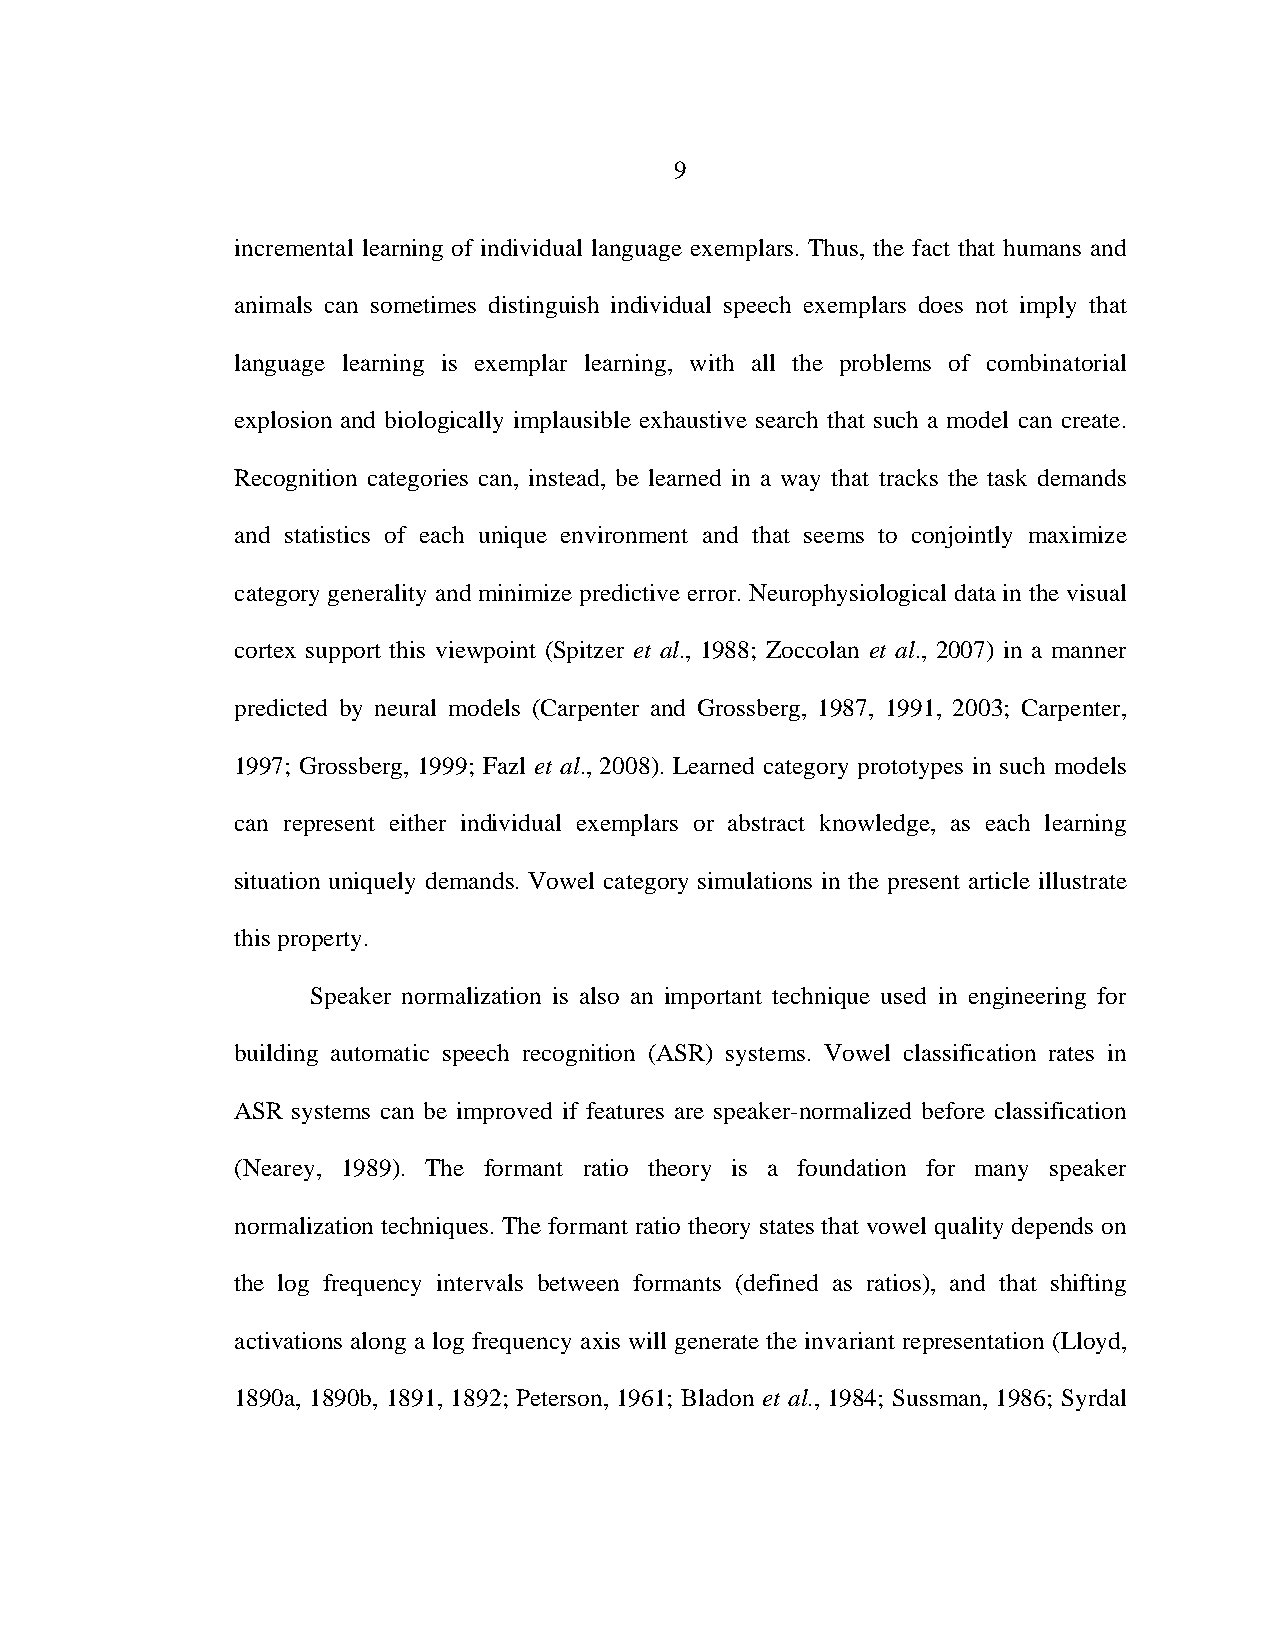
9
 incremental learning of individual language exemplars. Thus, the fact that humans and
 animals can sometimes distinguish individual speech exemplars does not imply that
 language learning is exemplar learning, with all the problems of combinatorial
 explosion and biologically implausible exhaustive search that such a model can create.
 Recognition categories can, instead, be learned in a way that tracks the task demands
 and statistics of each unique environment and that seems to conjointly maximize
 category generality and minimize predictive error. Neurophysiological data in the visual
 cortex support this viewpoint (Spitzer et al., 1988; Zoccolan et al., 2007) in a manner
 predicted by neural models (Carpenter and Grossberg, 1987, 1991, 2003; Carpenter,
 1997; Grossberg, 1999; Fazl et al., 2008). Learned category prototypes in such models
 can represent either individual exemplars or abstract knowledge, as each learning
 situation uniquely demands. Vowel category simulations in the present article illustrate
 this property.
 Speaker normalization is also an important technique used in engineering for
 building automatic speech recognition (ASR) systems. Vowel classification rates in
 ASR systems can be improved if features are speaker-normalized before classification
 (Nearey, 1989). The formant ratio theory is a foundation for many speaker
 normalization techniques. The formant ratio theory states that vowel quality depends on
 the log frequency intervals between formants (defined as ratios), and that shifting
 activations along a log frequency axis will generate the invariant representation (Lloyd,
 1890a, 1890b, 1891, 1892; Peterson, 1961; Bladon et al., 1984; Sussman, 1986; Syrdal